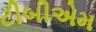
ટીબીએમ